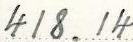
418.14